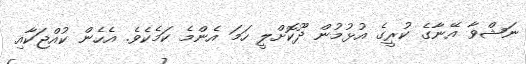
ނަޝްވާ އޭނާގެ ކުރީގެ އުޅުމުން ދޫކޮށްލީ ހަމަ އެންމެ ކަމެކެވެ. އެހެން ކުއްޖަކާއި